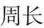
周长